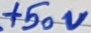
Text: +50V